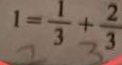
1 = \frac { 1 } { 3 } + \frac { 2 } { 3 }